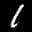
Label: 1